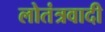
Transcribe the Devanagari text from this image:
लोतंत्रवादी